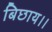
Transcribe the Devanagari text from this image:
बिछाय।।